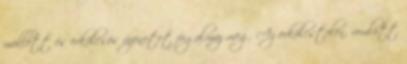
mellett és erkölcsös üzenetet fogalmaz meg. Az erkölcstelen, romlott